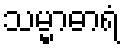
သမ္မာဓာရံ